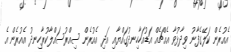
އެއުރެން ކަލޭގެފާނު ވިދާޅުވާ އެއްޗެއް އަޑުއަހާހިނދުގައްޔާއި އަދި އެއުރެން ސިއްރުސައްލާކުރާހިނދު އެއުރެން އެ